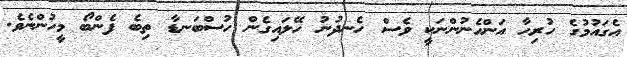
އެގައުމުގެ ހުރިހާ އަންހެނުންނަކީ ވެސް ހެނދުނު ހޭލައިގެން ހުސްބަނޑާ ތިބެ ފެންބޯ މީހުންނެވެ.